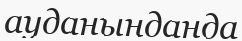
ауданынданда